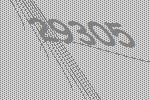
29305